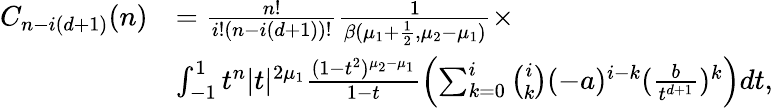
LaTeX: \begin{array}{rl}{C_{n-i(d+1)}(n)}&{=\frac{n!}{i!(n-i(d+1))!}\frac{1}{\beta(\mu_{1}+\frac{1}{2},\mu_{2}-\mu_{1})}\times}\\ &{\int_{-1}^{1}t^{n}|t|^{2\mu_{1}}\frac{(1-t^{2})^{\mu_{2}-\mu_{1}}}{1-t}\left(\sum_{k=0}^{i}{\binom{i}{k}}(-a)^{i-k}(\frac{b}{t^{d+1}})^{k}\right)dt,}\end{array}